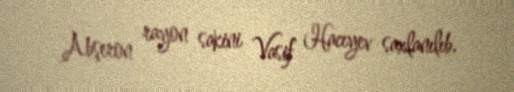
Abşeron rayon sakini Vasif Hacıyev saxlanılıb.